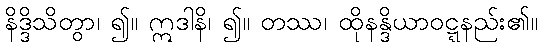
နိဒ္ဒိသိတွာ၊ ၍။ ဣဒါနိ၊ ၍။ တဿ၊ ထိုနန္ဒိယာဝဋ္ဋနည်း၏။